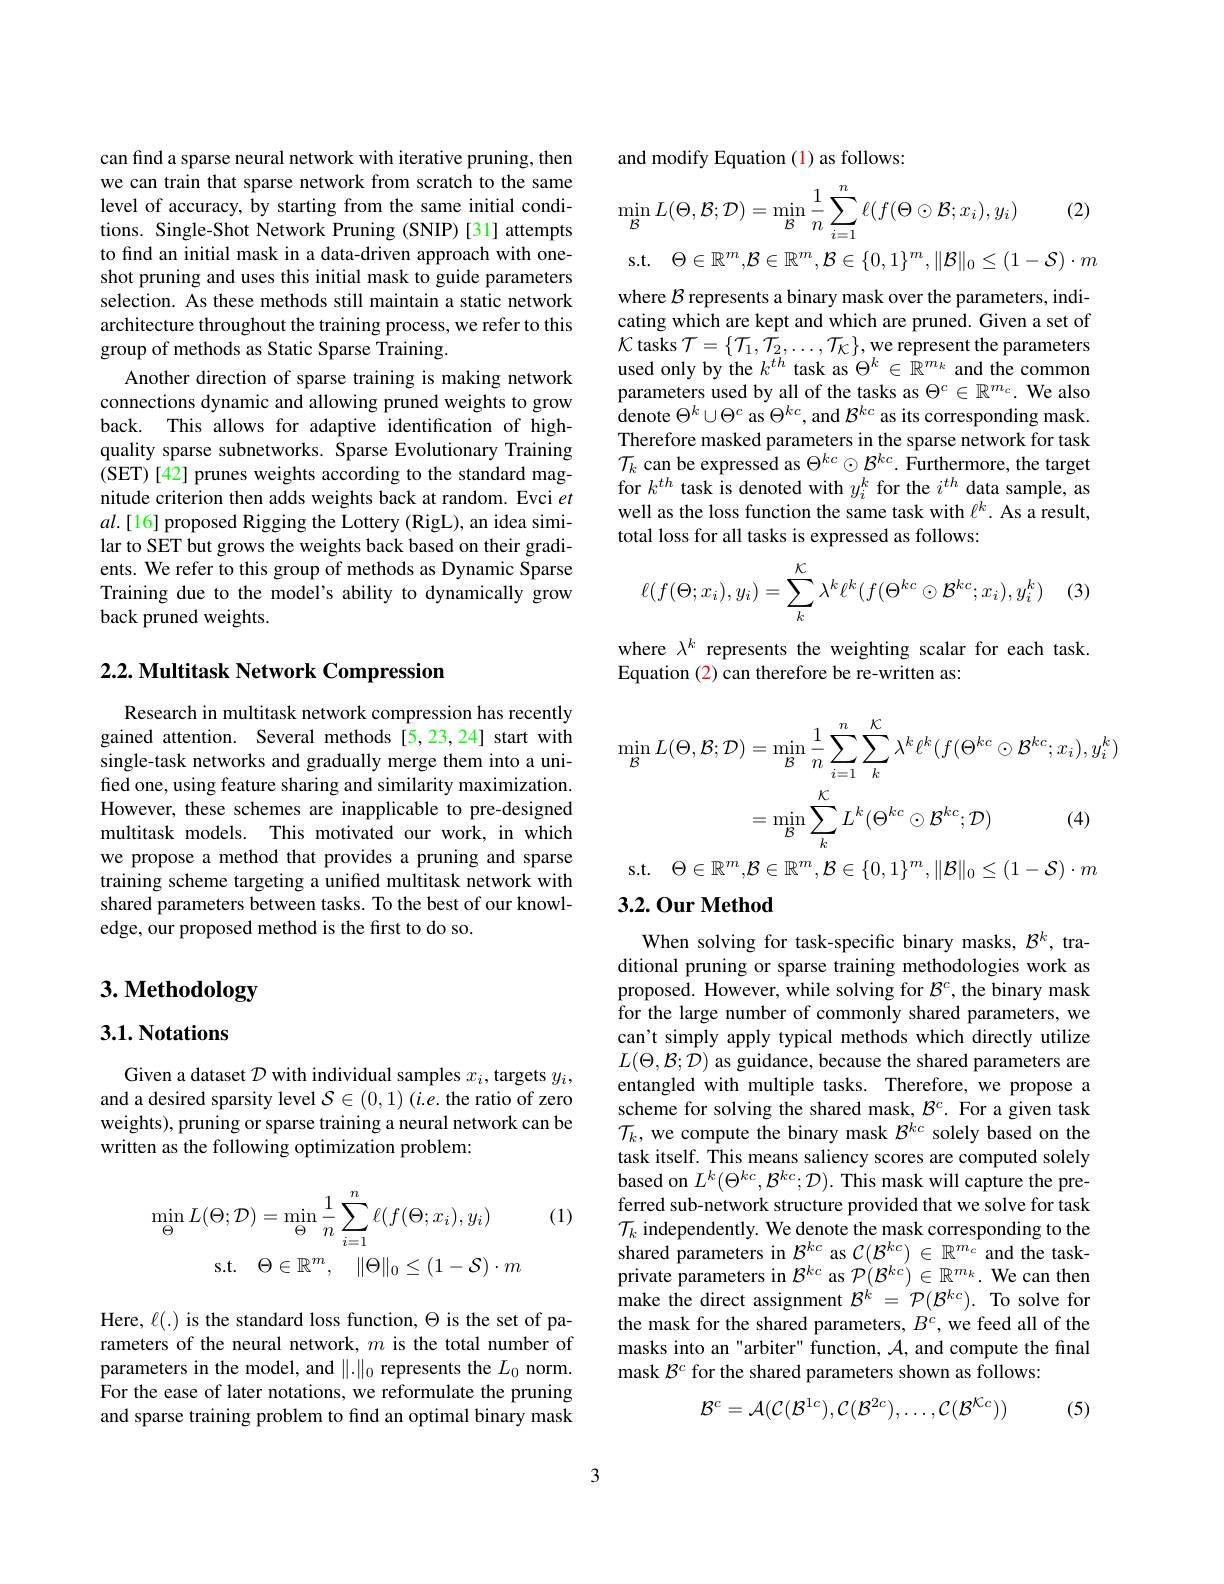
can find a sparse neural network with iterative pruning, then we can train that sparse network from scratch to the same level of accuracy, by starting from the same initial conditions. Single-Shot Network Pruning (SNIP)[31] attempts to find an initial mask in a data-driven approach with oneshot pruning and uses this initial mask to guide parameters selection. As these methods still maintain a static network architecture throughout the training process, we refer to this group of methods as Static Sparse Training.
Another direction of sparse training is making network connections dynamic and allowing pruned weights to grow back. This allows for adaptive identification of highquality sparse subnetworks. Sparse Evolutionary Training (SET)[42] prunes weights according to the standard magnitude criterion then adds weights back at random. Evci $et$ $al.[16]$ proposed Rigging the Lottery (RigL), an idea similar to SET but grows the weights back based on their gradients. We refer to this group of methods as Dynamic Sparse Training due to the model's ability to dynamically grow back pruned weights.

## $2. 2. \textbf{ Multitask Network Compression}$

Research in multitask network compression has recently gained attention. Several methods [5,23,24] start with single-task networks and gradually merge them into a unified one, using feature sharing and similarity maximization. However, these schemes are inapplicable to pre-designed multitask models. This motivated our work, in which we propose a method that provides a pruning and sparse training scheme targeting a unifed multitask network with shared parameters between tasks. To the best of our knowledge, our proposed method is the first to do so.

# $3. \textbf{ Methodology}$

## $3. 1. \textbf{Notations}$

Given a dataset $\mathcal{D}$ with individual samples $x_i$, targets $y_i$, and a desired sparsity level $\mathcal{S}\in(0,1)$ (i.e. the ratio of zero weights), pruning or sparse training a neural network can be written as the following optimization problem:

(1)
$$\begin{aligned}\operatorname*{min}_{\Theta}L(\Theta;\mathcal{D})&=\operatorname*{min}_{\Theta}\frac{1}{n}\sum_{i=1}^{n}\ell(f(\Theta;x_{i}),y_{i})\\\mathrm{s.t.}&\Theta\in\mathbb{R}^{m},\quad\|\Theta\|_{0}\leq(1-\mathcal{S})\cdot m\end{aligned}$$
Here, $\ell(.)$ is the standard loss function, $\Theta$ is the set of parameters of the neural network, $m$ is the total number of parameters in the model, and $\|.\|_0$ represents the $L_0$ norm. For the ease of later notations, we reformulate the pruning and sparse training problem to find an optimal binary mask

and modify Equation (1) as follows:

(2)
$$\min\limits_{\mathcal{B}}L(\Theta,\mathcal{B};\mathcal{D})=\min\limits_{\mathcal{B}}\frac{1}{n}\sum\limits_{i=1}^{n}\ell(f(\Theta\odot\mathcal{B};x_{i}),y_{i})$$
$$\Theta\in\mathbb{R}^m,\mathcal{B}\in\mathbb{R}^m,\mathcal{B}\in\{0,1\}^m,\|\mathcal{B}\|_0\leq(1-\mathcal{S})\cdot m$$
s.t.
where $\mathcal{B}$ represents a binary mask over the parameters, indicating which are kept and which are pruned. Given a set of $\mathcal{K}$ tasks $\mathcal{T} = \{ \mathcal{T} _1, \hat{\mathcal{T} } _2, \ldots , \mathcal{T} _{\mathcal{K} }\} , \hat{\text{we represent the parameters}}$ used only by the $k^{th}$ task as $\Theta^k\in\hat{\mathbb{R}}^{m_k}$ and the common parameters used by all of the tasks as $\Theta^c\in\mathbb{R}^{m_c}.$ We also ${\hat{\text{denote }\Theta}^{k}\cup\Theta^{c}\mathrm{~as~}\Theta^{kc},\mathrm{~and~}\mathcal{B}^{kc}\mathrm{~as~its~corresponding~mask.}}$ Therefore masked parameters in the sparse network for task $\mathcal{T}_k$ can be expressed as $\Theta^kc\odot\mathcal{B}^{kc}.$ Furthermore, the target for $k^{th}$ task is denoted with $y_i^k$ for the $i^th$ data sample, as well as the loss function the same task with $\ell^k.$ As a result, total loss for all tasks is expressed as follows:
$$\ell(f(\Theta;x_i),y_i)=\sum\limits_k^{\kappa}\lambda^k\ell^k(f(\Theta^{kc}\odot\mathcal{B}^{kc};x_i),y_i^k)$$
where $\lambda^k$ represents the weighting scalar for each task.
Equation (2) can therefore be re-written as:
$$\begin{aligned}\operatorname*{min}_{\mathcal{B}}L(\Theta,\mathcal{B};\mathcal{D})&=\operatorname*{min}_{\mathcal{B}}\frac{1}{n}\sum_{i=1}^{n}\sum_{k}^{\mathcal{K}}\lambda^{k}\ell^{k}(f(\Theta^{kc}\odot\mathcal{B}^{kc};x_{i}),y_{i}^{k})\\&=\operatorname*{min}_{\mathcal{B}}\sum_{k}^{\mathcal{K}}L^{k}(\Theta^{kc}\odot\mathcal{B}^{kc};\mathcal{D})\quad(4)\\\mathrm{s.t.}\quad\Theta\in\mathbb{R}^{m},\mathcal{B}\in\mathbb{R}^{m},\mathcal{B}\in\{0,1\}^{m},\|\mathcal{B}\|_{0}\leq(1-\mathcal{S})\cdot m\end{aligned}$$
## $3.2.0ur$ Method

When solving for task-specific binary masks, $\mathcal{B}^k$, traditional pruning or sparse training methodologies work as proposed. However, while solving for $\mathcal{B}^c$, the binary mask for the large number of commonly shared parameters, we can't simply apply typical methods which directly utilize $L(\Theta,\mathcal{B};\mathcal{D})$ as guidance, because the shared parameters are entangled with multiple tasks. Therefore, we propose a scheme for solving the shared mask, $\mathcal{B}^c.$ For a given task $\mathcal{T}_k$, we compute the binary mask $\mathcal{B}^kc$ solely based on the task itself. This means saliency scores are computed solely based on $L^k(\Theta^{kc},\mathcal{B}^{kc};\mathcal{D}).$ This mask will capture the preferred sub-network structure provided that we solve for task $\mathcal{T}_k$ independently. We denote the mask corresponding to the shared parameters in $\mathcal{B}^{kc}$ as $\mathcal{C}(\mathcal{B}^{kc})\in\mathbb{R}^{m_c}$ and the taskprivate parameters in $\mathcal{B}^{kc}$ as $\mathcal{P}(\mathcal{B}^{kc})\in\mathbb{R}^{m_k}.$ We can then $\hat{\text{make the direct assignment}} \mathcal{B} ^{\dot{k} }= ^{\prime }\mathcal{P} ( \mathcal{B} ^{kc}) .$ To solve for the mask for the shared parameters, $B^c$, we feed all of the masks into an "arbiter" function, $\mathcal{A}$, and compute the final mask $\mathcal{B}^c$ for the shared parameters shown as follows:
$$\mathcal{B}^{c}=\mathcal{A}(\mathcal{C}(\mathcal{B}^{1c}),\mathcal{C}(\mathcal{B}^{2c}),\ldots,\mathcal{C}(\mathcal{B}^{\mathcal{K}c}))$$
(5)

3